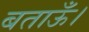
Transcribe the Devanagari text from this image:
बताऊँ।